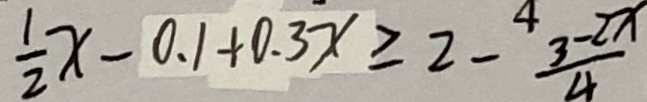
\frac { 1 } { 2 } x - 0 . 1 + 0 . 3 x \geqslant 2 - \frac { 3 - 2 x } { 4 }